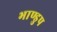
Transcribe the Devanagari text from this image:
भाण्डुप